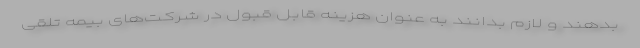
بدهند و لازم بدانند به عنوان هزینه قابل قبول در شرکت‌های بیمه تلقی